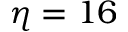
\eta = 1 6